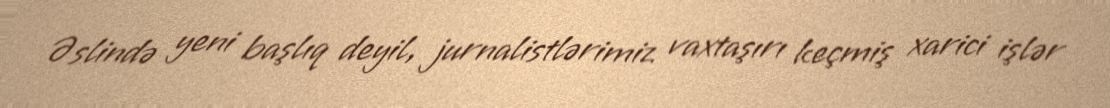
Əslində yeni başlıq deyil, jurnalistlərimiz vaxtaşırı keçmiş xarici işlər